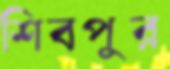
শিবপুর